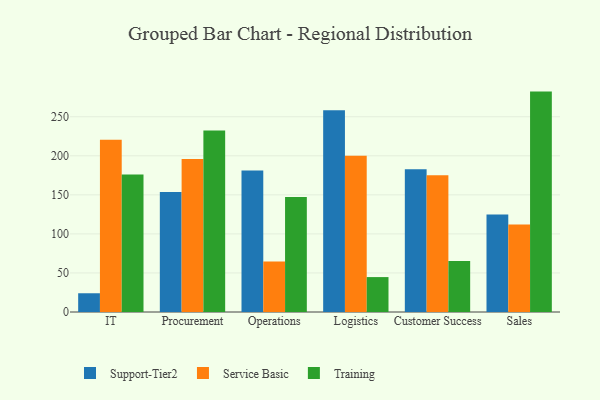
{"axis": {"x": "Department", "y": "Demand Index"}, "legend": ["Service Basic", "Support-Tier2", "Training"], "data": [{"x": "IT", "y": 24.0, "type": "Support-Tier2"}, {"x": "IT", "y": 220.4, "type": "Service Basic"}, {"x": "IT", "y": 176.1, "type": "Training"}, {"x": "Procurement", "y": 153.6, "type": "Support-Tier2"}, {"x": "Procurement", "y": 195.8, "type": "Service Basic"}, {"x": "Procurement", "y": 232.4, "type": "Training"}, {"x": "Operations", "y": 181.1, "type": "Support-Tier2"}, {"x": "Operations", "y": 64.8, "type": "Service Basic"}, {"x": "Operations", "y": 147.3, "type": "Training"}, {"x": "Logistics", "y": 258.4, "type": "Support-Tier2"}, {"x": "Logistics", "y": 200.1, "type": "Service Basic"}, {"x": "Logistics", "y": 44.7, "type": "Training"}, {"x": "Customer Success", "y": 182.7, "type": "Support-Tier2"}, {"x": "Customer Success", "y": 175.2, "type": "Service Basic"}, {"x": "Customer Success", "y": 65.3, "type": "Training"}, {"x": "Sales", "y": 124.8, "type": "Support-Tier2"}, {"x": "Sales", "y": 112.1, "type": "Service Basic"}, {"x": "Sales", "y": 282.2, "type": "Training"}]}